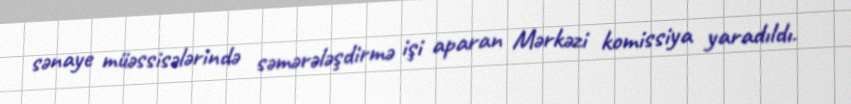
sənaye müəssisələrində səmərələşdirmə işi aparan Mərkəzi komissiya yaradıldı.